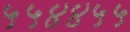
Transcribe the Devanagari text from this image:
५५४४५५